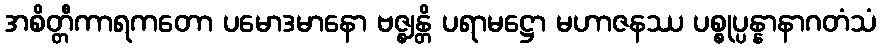
အစိတ္တီကာရကတော ပမောဒမာနော ဗဇ္ဈန္တိ ပရာမဋ္ဌော မဟာဇနဿ ပစ္စုပ္ပန္နာနာဂတံသံ